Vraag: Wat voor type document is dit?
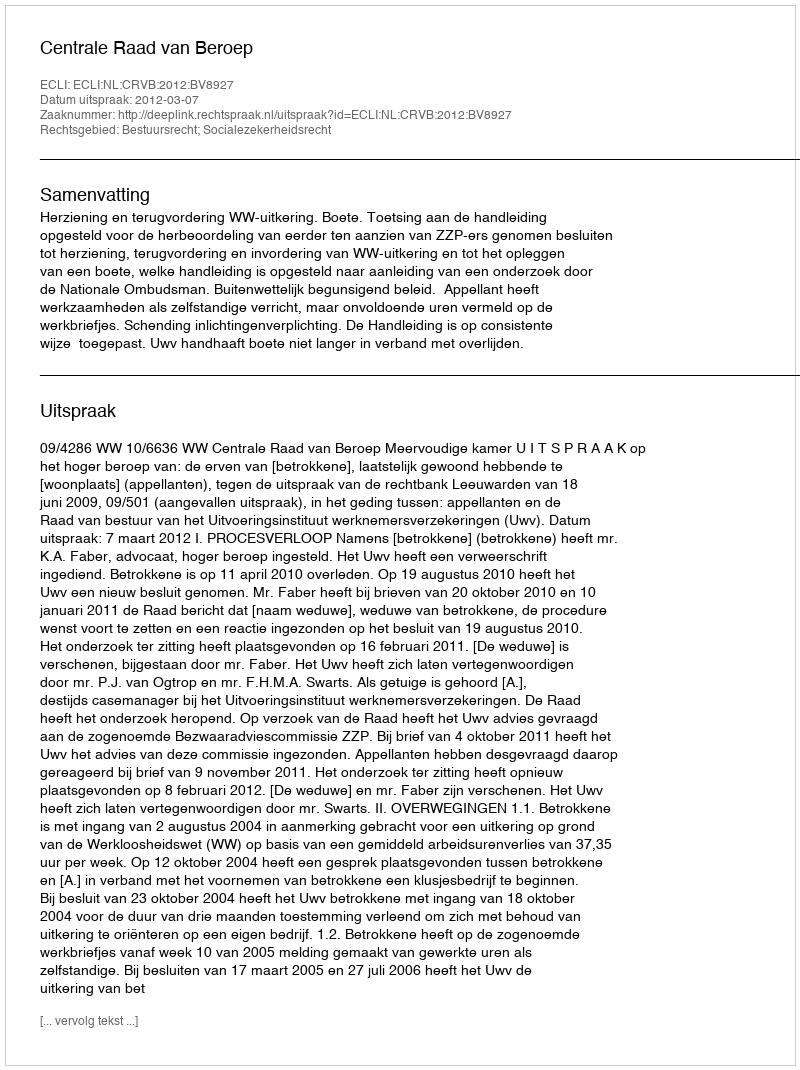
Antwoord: Uitspraak